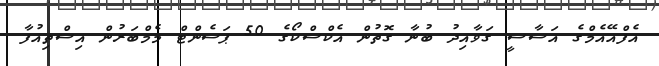
އެފްއޭއެމްގެ އަސާސީ ގަވާއިދު ބުނާ ގޮތުން އެކްސްކޯގެ 50 ޕަސެންޓް މެމްބަރުން އިސްތިއުފާ